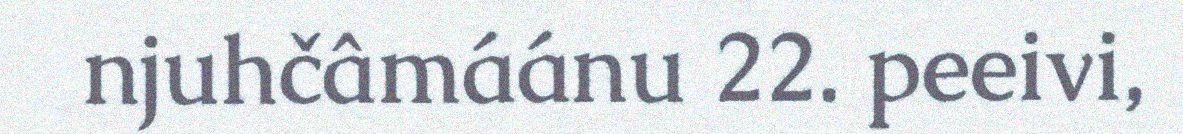
njuhčâmáánu 22. peeivi,